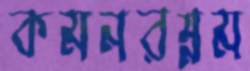
কমনরম্নম